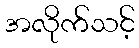
အလိုက်သင့်